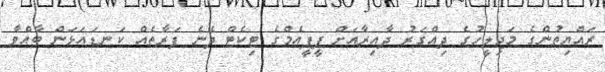
ރައްޔިތުންގެ މަޖިލީހުގެ ދިއްގަރު ދާއިރާއަށް ޕީޕީއެމްގެ ޓިކެޓް ދޭނެ ފަރާތެއް ކަނޑައަޅަން ބާއްވާ